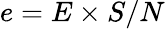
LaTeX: e=E\times S/N